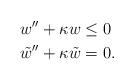
LaTeX: \begin{align*}w''+\kappa w&\leq 0\\\tilde{w}''+\kappa \tilde{w} &=0.\end{align*}